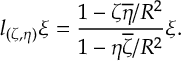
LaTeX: l _ { ( \zeta , \eta ) } \xi = \frac { 1 - \zeta \overline { { \eta } } / R ^ { 2 } } { 1 - \eta \overline { { \zeta } } / R ^ { 2 } } \xi .